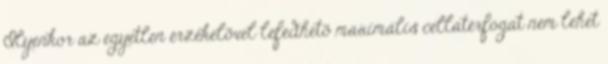
Ilyenkor az egyetlen érzékelõvel lefedhetõ maximális cellatérfogat nem lehet